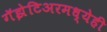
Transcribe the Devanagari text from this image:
गॅझेटिअरमध्येही